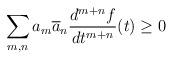
LaTeX: \begin{align*}\sum_{m,n} a_{m} \overline{a}_{n} \frac{d^{m + n}f}{dt^{m +n}} (t)\geq 0\end{align*}